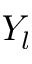
Y _ { l }